Loodushoiu_ja_Turismi_Instituut, lk 848
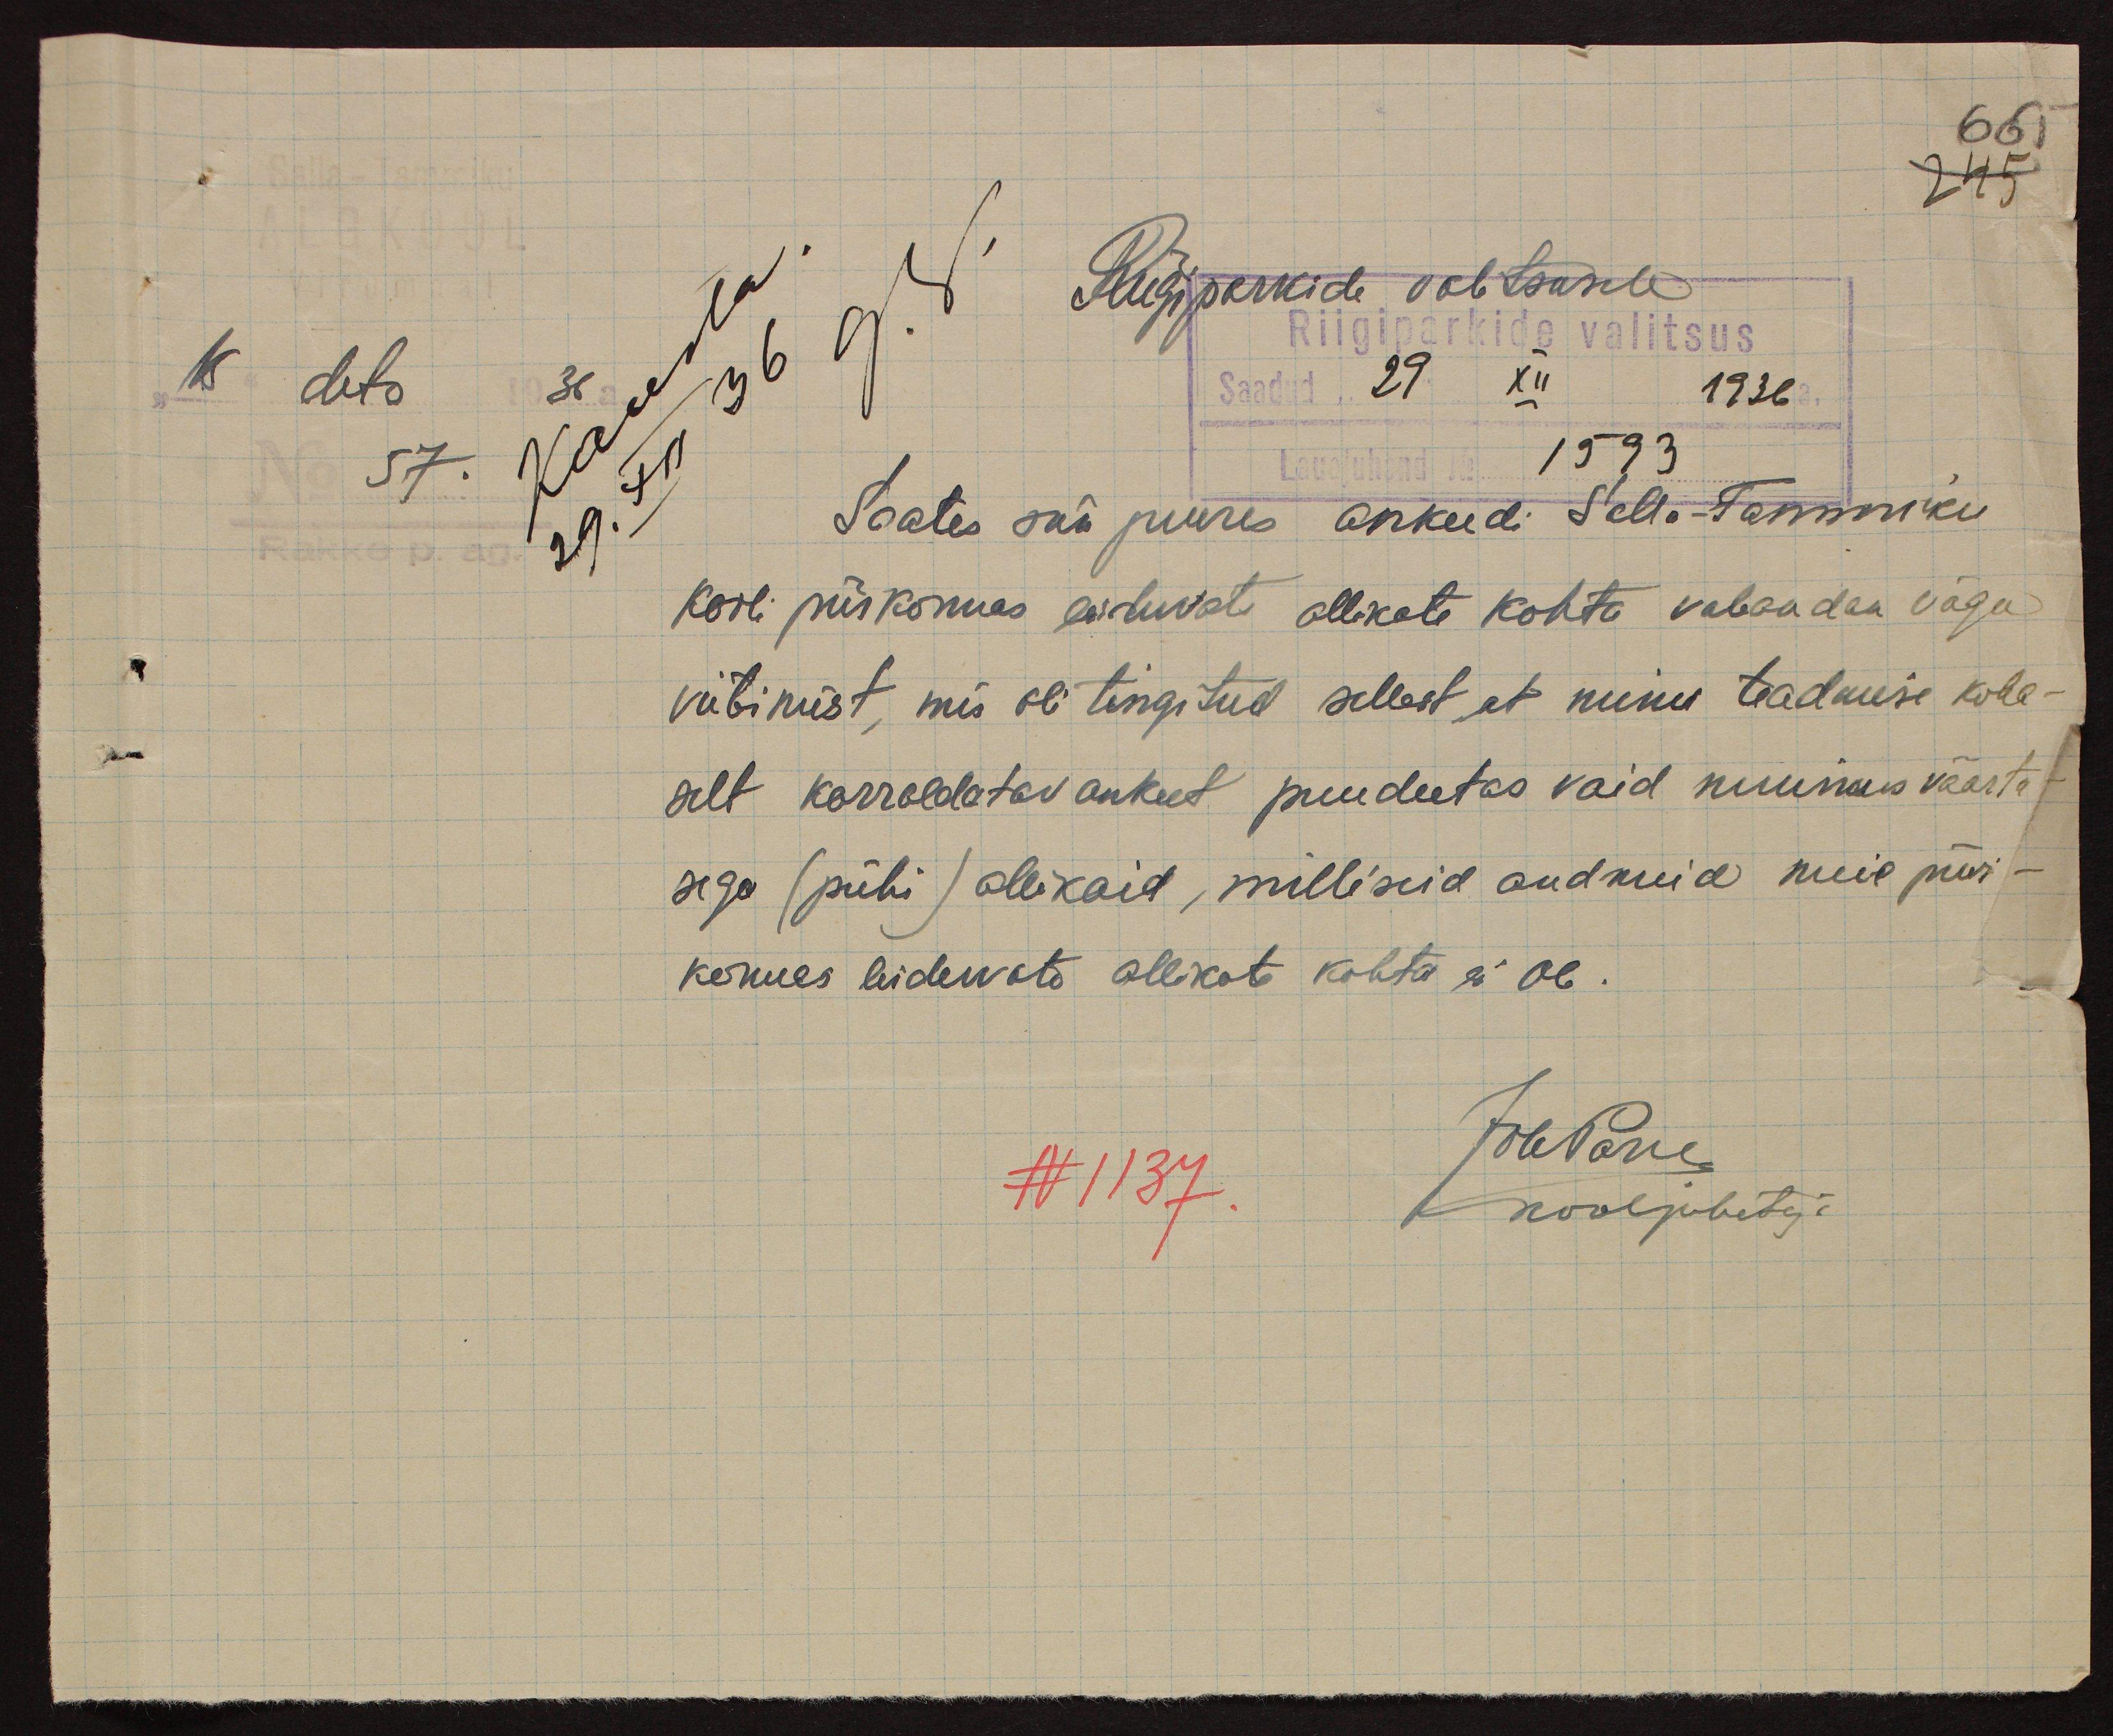
665
245
Riigiparkide valitsusele
Riigiparkide valitsus
15 dets
Saadud 29. XII 1936
57.
Lauajuhend No 1593
Saates sai juures ankeedi Sella-Tammiku
kooli piirkonnas leiduvate ollikate kohta vabandan väga
viibimist, mis oli tingitud sellest, et minu teadmise koha-
selt korraldatav ankeet puudutas vaid muinas väärtu-
sega (pühi) allikaid, milliseid andmeid meie piir-
konnas leiduvate allikate kohta ei ole.
JohParre
N 1137.
kooljuhataja